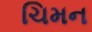
ચિમન